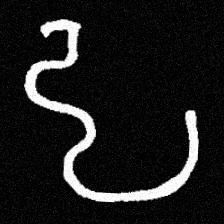
Pyu character \u2014 Myanmar letter: ဠ (romanized: lla)